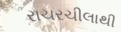
રાચરચીલાથી